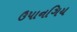
ઉપાનગિય